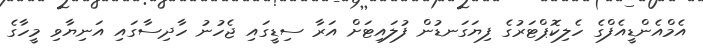
އެމްއެންޑީއެފްގެ ހެލިކޮޕްޓަރުގެ ފިޔަގަނޑުން ފުލައިޓަށް އަރާ ސިޑީގައި ޖެހުނު ހާދިސާގައި އަނިޔާވި މީހާގެ